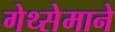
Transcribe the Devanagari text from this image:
गेथ्सेमाने